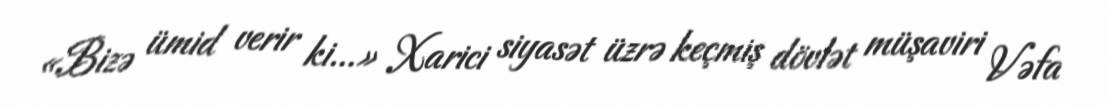
«Bizə ümid verir ki...» Xarici siyasət üzrə keçmiş dövlət müşaviri Vəfa